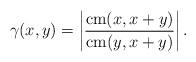
LaTeX: \begin{align*} \gamma(x,y) = \left|\frac{\mathrm{cm}(x,x+y)}{\mathrm{cm}(y,x+y)}\right|.\end{align*}